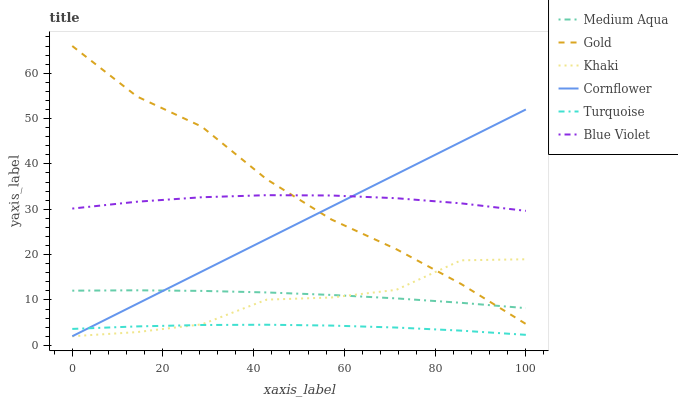
| xaxis_label | Medium Aqua | Gold | Khaki | Cornflower | Turquoise | Blue Violet |
 | --- | --- | --- | --- | --- | --- | --- |
 | 0 | 12.1 | 66 | 2 | 2 | 3.62 | 30.2 |
 | 14.3 | 12.1 | 54.9 | 2.92 | 9.14 | 4.17 | 31.7 |
 | 28.6 | 12 | 48.2 | 4.63 | 16.3 | 4.48 | 32.7 |
 | 42.9 | 11.7 | 36.6 | 10.1 | 23.4 | 4.54 | 33.1 |
 | 57.1 | 11.1 | 27.7 | 10.5 | 30.6 | 4.35 | 33 |
 | 71.4 | 10.3 | 21.2 | 12.2 | 37.7 | 3.92 | 32.4 |
 | 85.7 | 9.38 | 13.5 | 18.7 | 44.9 | 3.24 | 31.3 |
 | 100 | 8.2 | 4.71 | 19 | 52 | 2.31 | 29.7 |